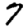
Digit: 7